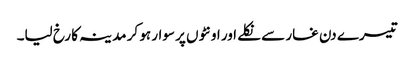
تیسرے دن غار سے نکلے اور اونٹوں پر سوار ہو کر مدینہ کا رخ لیا۔